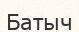
Батыч